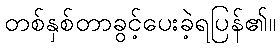
တစ်နှစ်တာခွင့်ပေးခဲ့ရပြန်၏။